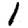
Digit: 1